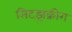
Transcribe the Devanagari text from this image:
सिट्झक्रीग